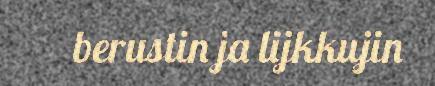
berustin ja lijkkujin